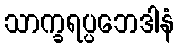
သာက္ခရပ္ပဘေဒါနံ